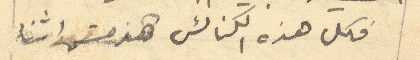
فكل هذه الكنائس هدمت اثنا